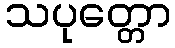
သပုတ္တော